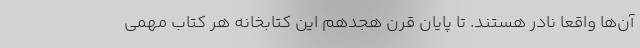
آن‌ها واقعا نادر هستند. تا پایان قرن هجدهم این کتابخانه هر کتاب مهمی